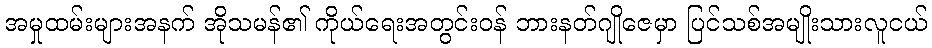
အမှုထမ်းများအနက် အိုသမန်၏ ကိုယ်ရေးအတွင်းဝန် ဘားနတ်ဂျိုဇေမှာ ပြင်သစ်အမျိုးသားလူငယ်